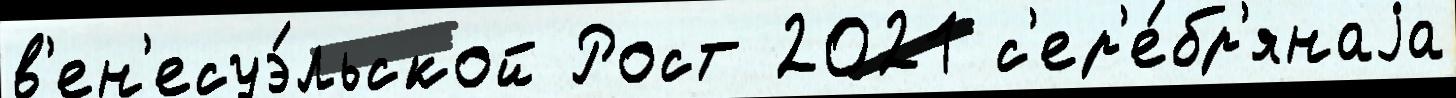
в'ен'есуэ́льской Рост 2021 с'ер'е́бр'янаjа